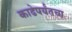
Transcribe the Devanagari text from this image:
काढेपर्यंतचा